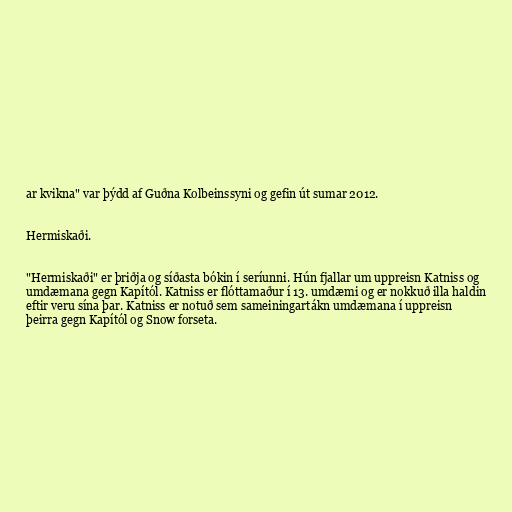
ar kvikna" var þýdd af Guðna Kolbeinssyni og gefin út sumar 2012.

Hermiskaði.

"Hermiskaði" er þriðja og síðasta bókin í seríunni. Hún fjallar um uppreisn Katniss og
umdæmana gegn Kapítól. Katniss er flóttamaður í 13. umdæmi og er nokkuð illa haldin
eftir veru sína þar. Katniss er notuð sem sameiningartákn umdæmana í uppreisn
þeirra gegn Kapítól og Snow forseta.